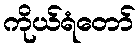
ကိုယ်ရံတော်